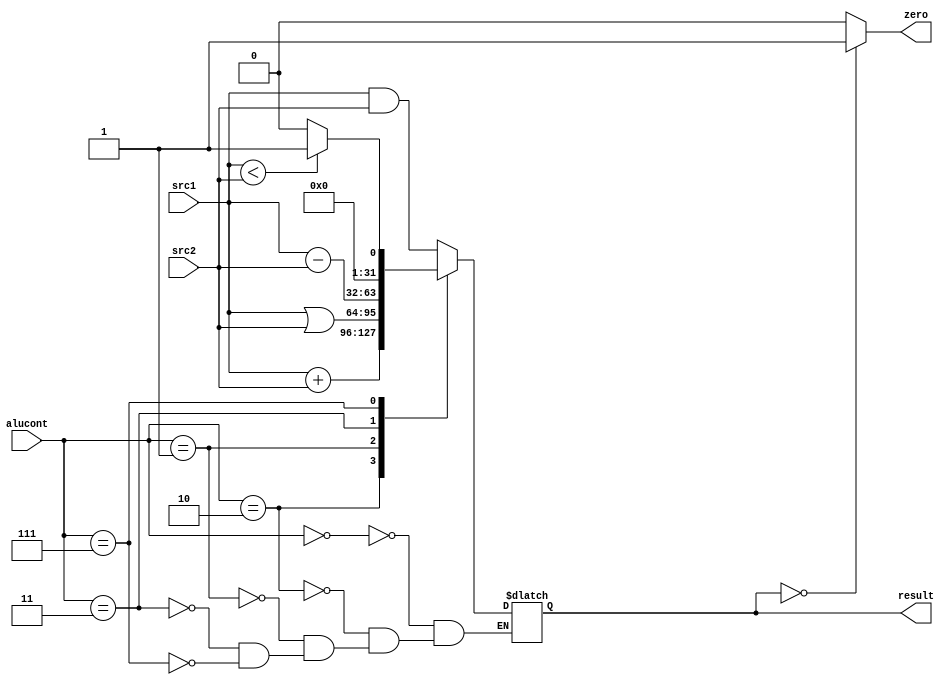
`timescale 1ns / 1ps

//ALU: 
module alu(src1, src2, alucont, result, zero);
  input [31:0] src1, src2;
  input [2:0] alucont;
  output reg [31:0] result;
  output zero;
  
  assign zero = result == 0 ? 1 : 0; 
  always@(*) begin
    case(alucont[2:0])
      3'b000 : result <= src1 & src2;
      3'b010 : result <= src1 + src2;
      3'b001 : result <= src1 | src2;
      3'b011 : result <= src1 - src2;
      3'b111 : begin 
                 if(src1 < src2) result <= 1;
                 else result <= 0;
               end
    endcase
  end
endmodule